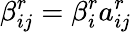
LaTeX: \beta_{ij}^{r}=\beta_{i}^{r}a_{ij}^{r}